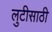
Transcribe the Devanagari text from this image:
लुटीसाठी